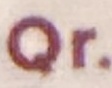
Qr.